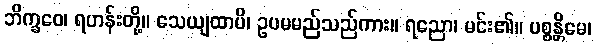
ဘိက္ခဝေ၊ ရဟန်းတို့။ သေယျထာပိ၊ ဥပမမည်သည်ကား။ ရညော၊ မင်း၏။ ပစ္စန္တိမေ၊